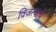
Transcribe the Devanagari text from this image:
विजत्याचे